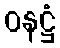
ဝနဋ္ဌံ